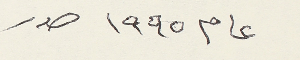
عام ١٩٩٥ صدر